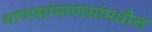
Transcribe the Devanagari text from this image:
माणसांमाणसांमधील